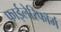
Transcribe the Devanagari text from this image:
फाईलेरिफॉर्म